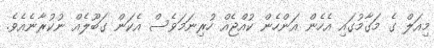
މިއަލް ގެ މަގާމުގައި އެހެން އަންހެން ކުއްޖެއް ހުރިނަމަވެސް އެކަން ގަބޫލެއް ނުކުރާނެއެވެ.